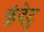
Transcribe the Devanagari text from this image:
कुंदेटु